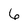
Character: 6